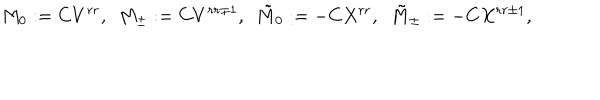
M _ { 0 } : = C V ^ { r r } , \ \ M _ { \pm } : = C V ^ { r r \pm 1 } , \ \ { \tilde { M } } _ { 0 } : = - C X ^ { r r } , \ \ { \tilde { M } } _ { \pm } : = - C X ^ { r r \pm 1 } ,